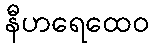
နီဟရေထေဝ